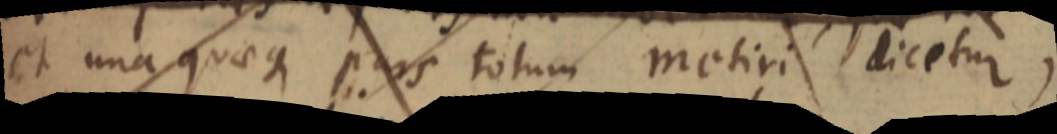
et unaquaeque pars totum metiri dicetur,